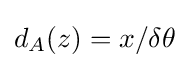
d_{A}(z)=x/\delta \theta